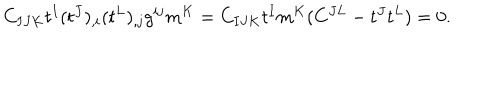
C _ { I J K } t ^ { I } ( t ^ { J } ) _ { , i } ( t ^ { L } ) _ { , j } g ^ { i j } m ^ { K } = C _ { I J K } t ^ { I } m ^ { K } ( C ^ { J L } - t ^ { J } t ^ { L } ) = 0 .